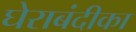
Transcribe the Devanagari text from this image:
घेराबंदीका